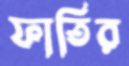
ফাতির